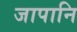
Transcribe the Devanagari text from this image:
जापानि